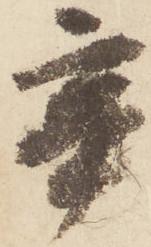
苦